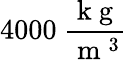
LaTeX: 4000\ \frac{\mathrm{~k~g~}}{\mathrm{~m~}^{3}}